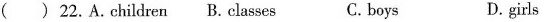
( ) 22.A.children B. classes C. boys D. girls